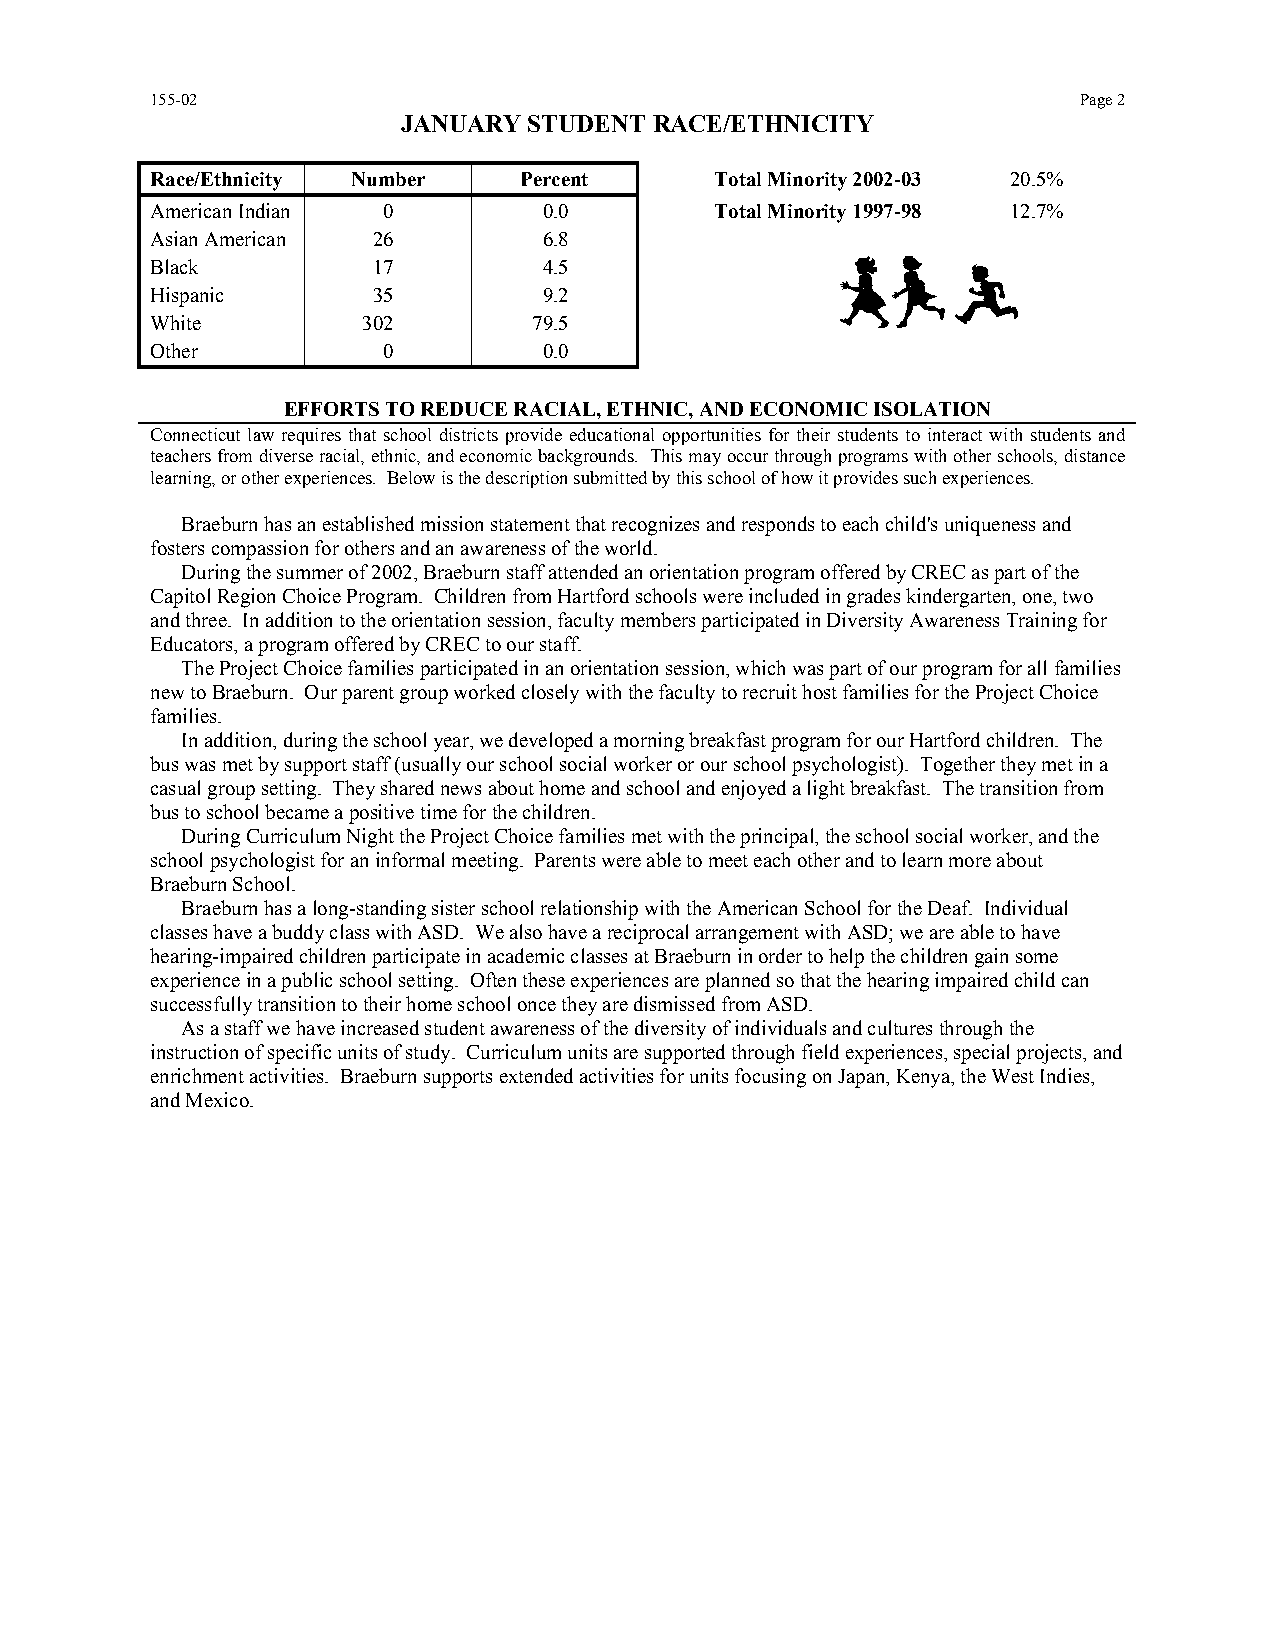
155-02                                                        Page 2
 JANUARY STUDENT RACE/ETHNICITY
 Race/Ethnicity Number   Percent      Total Minority 2002-03 20.5%
 American Indian 0         0.0        Total Minority 1997-98 12.7%
 Asian American 26         6.8
 Black          17         4.5
 Hispanic       35         9.2
 White         302        79.5
 Other          0          0.0
 EFFORTS TO REDUCE RACIAL, ETHNIC, AND ECONOMIC ISOLATION
 Connecticut law requires that school districts provide educational opportunities for their students to interact with students and
 teachers from diverse racial, ethnic, and economic backgrounds. This may occur through programs with other schools, distance
 learning, or other experiences. Below is the description submitted by this school of how it provides such experiences.
 Braeburn has an established mission statement that recognizes and responds to each child's uniqueness and
 fosters compassion for others and an awareness of the world.
 During the summer of 2002, Braeburn staff attended an orientation program offered by CREC as part of the
 Capitol Region Choice Program. Children from Hartford schools were included in grades kindergarten, one, two
 and three. In addition to the orientation session, faculty members participated in Diversity Awareness Training for
 Educators, a program offered by CREC to our staff.
 The Project Choice families participated in an orientation session, which was part of our program for all families
 new to Braeburn. Our parent group worked closely with the faculty to recruit host families for the Project Choice
 families.
 In addition, during the school year, we developed a morning breakfast program for our Hartford children. The
 bus was met by support staff (usually our school social worker or our school psychologist). Together they met in a
 casual group setting. They shared news about home and school and enjoyed a light breakfast. The transition from
 bus to school became a positive time for the children.
 During Curriculum Night the Project Choice families met with the principal, the school social worker, and the
 school psychologist for an informal meeting. Parents were able to meet each other and to learn more about
 Braeburn School.
 Braeburn has a long-standing sister school relationship with the American School for the Deaf. Individual
 classes have a buddy class with ASD. We also have a reciprocal arrangement with ASD; we are able to have
 hearing-impaired children participate in academic classes at Braeburn in order to help the children gain some
 experience in a public school setting. Often these experiences are planned so that the hearing impaired child can
 successfully transition to their home school once they are dismissed from ASD.
 As a staff we have increased student awareness of the diversity of individuals and cultures through the
 instruction of specific units of study. Curriculum units are supported through field experiences, special projects, and
 enrichment activities. Braeburn supports extended activities for units focusing on Japan, Kenya, the West Indies,
 and Mexico.